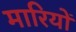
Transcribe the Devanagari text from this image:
मारियों